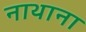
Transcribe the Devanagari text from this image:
नाथाना